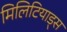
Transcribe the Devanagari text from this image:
मिलिटियाड्स